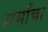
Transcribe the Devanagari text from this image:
शर्मांचा